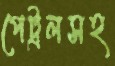
পেট্রলসহ